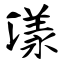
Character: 漾